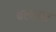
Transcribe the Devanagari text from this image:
बल्लळ